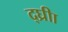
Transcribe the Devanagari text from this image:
द्घ्रीा